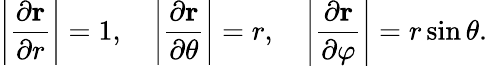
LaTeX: \left|{\frac{\partial\mathbf{r}}{\partial r}}\right|=1,\quad\left|{\frac{\partial\mathbf{r}}{\partial\theta}}\right|=r,\quad\left|{\frac{\partial\mathbf{r}}{\partial\varphi}}\right|=r\sin\theta.